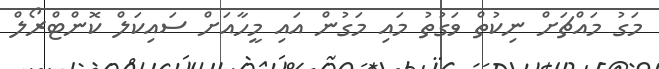
މަގު މައްޗަށް ނިކުތް ވަގުތު މައި މަގުން އައި މީހާއަށް ސައިކަލް ކޮންޓްރޯލް